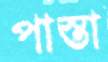
পাস্তা